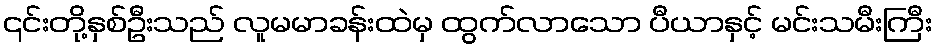
၎င်းတို့နှစ်ဦးသည် လူမမာခန်းထဲမှ ထွက်လာသော ပီယာနှင့် မင်းသမီးကြီး